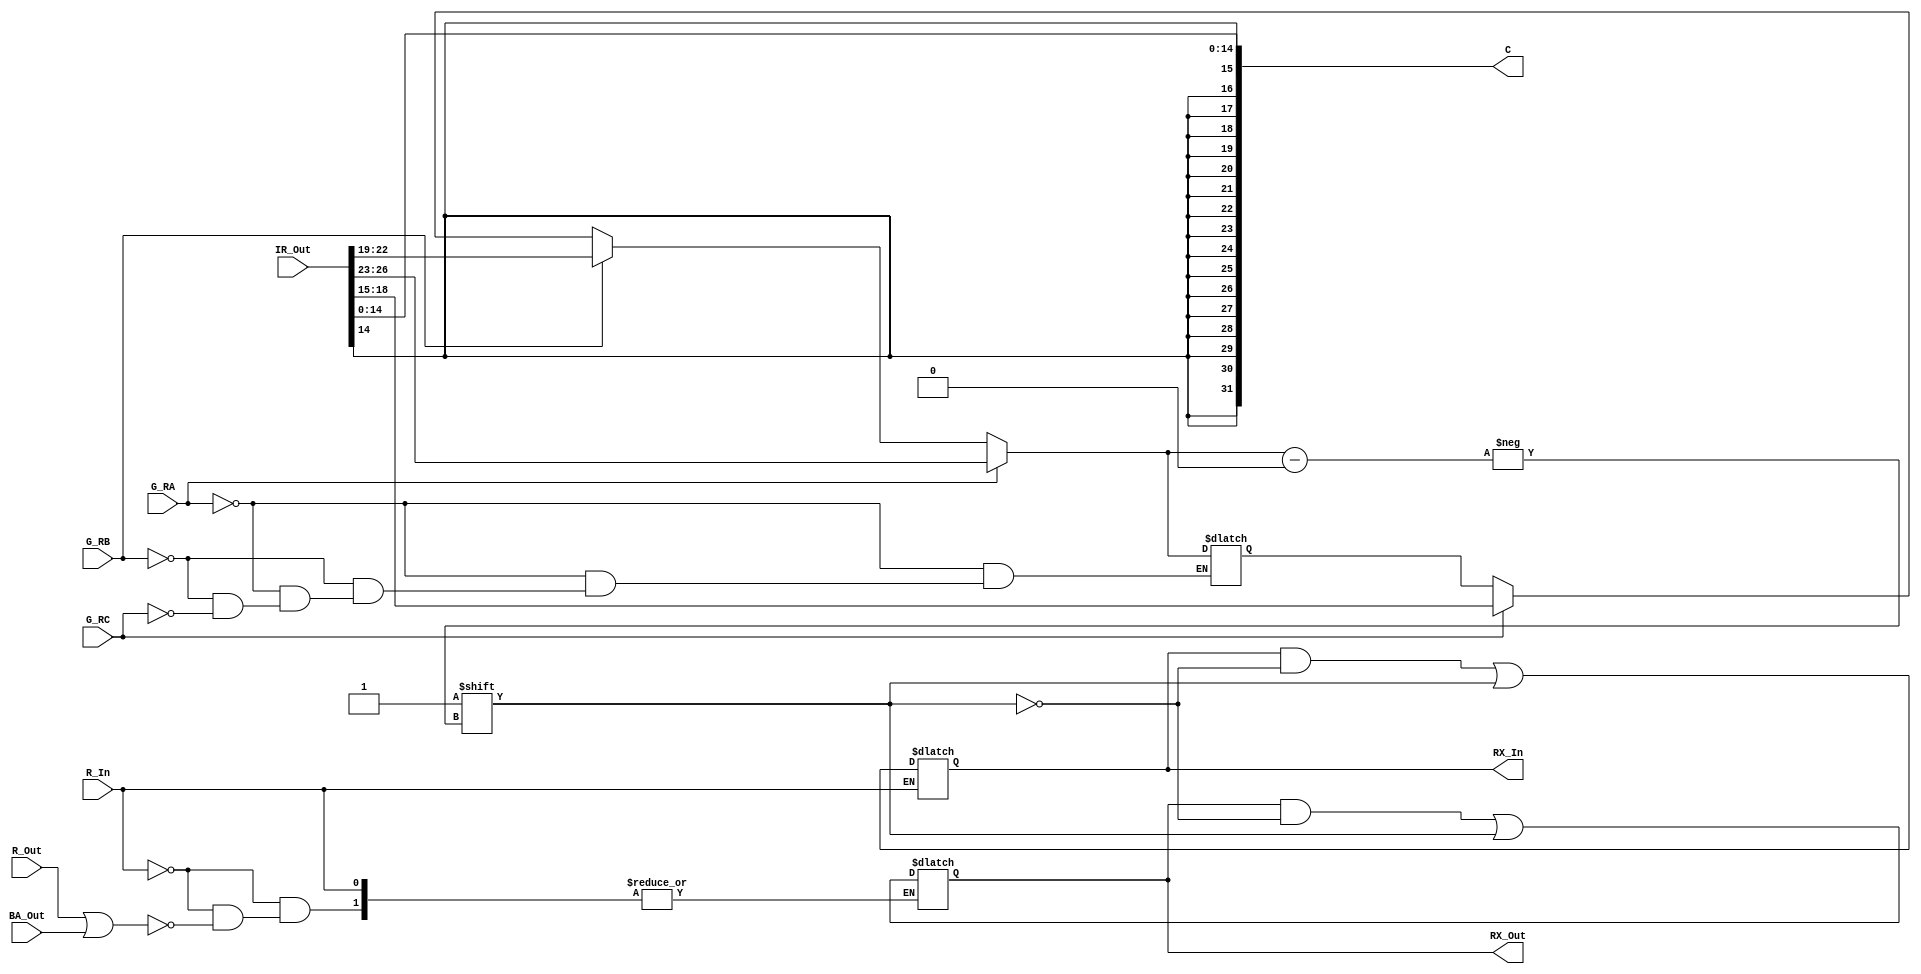
// Select and Encode Logic

module SEL (
   output reg [31:0] C,
   output reg [15:0] RX_In, RX_Out,
   input [31:0] IR_Out,
   input G_RA, G_RB, G_RC, R_In, R_Out, BA_Out
	);

   reg [3:0] Decoder_In;

   always @ (*) begin
      RX_In = 0;
      RX_Out = 0;
      C = {{17{IR_Out[14]}}, IR_Out[14:0]};

      if(G_RA)
         Decoder_In = IR_Out[26:23];
		else if(G_RB)
         Decoder_In = IR_Out[22:19];
      else if(G_RC)
         Decoder_In = IR_Out[18:15];

      if (R_In)
         RX_In[Decoder_In] <= 1;
		else if (R_Out || BA_Out)
         RX_Out[Decoder_In] <= 1;
		end
endmodule // SEL